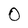
Character: 0